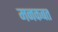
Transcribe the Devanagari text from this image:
मनकबत